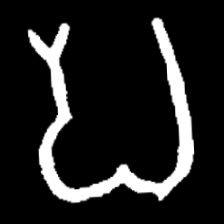
Pyu character \u2014 Myanmar letter: ပ (romanized: pa)